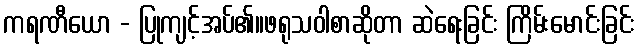
ကရဏီယော - ပြုကျင့်အပ်၏။ဖရုသဝါစာဆိုတာ ဆဲရေးခြင်း ကြိမ်းမောင်းခြင်း